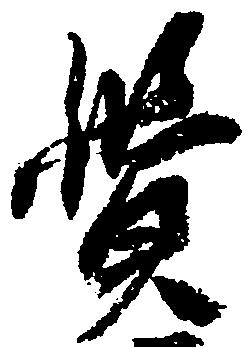
覚